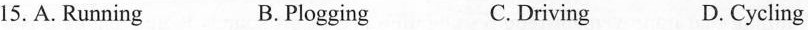
15.A. Running B.PloggingC. Driving D. Cycling